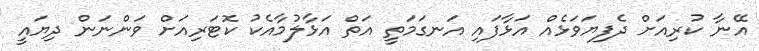
އޭނާ ކުރިއަށް ދެފިޔަވަޅެއް އަޅާފައި އަނގަމަތީ އަތް އަޅާލުމާއެކު ކޮޓަރިއަށް ވަންނަން ދިޔައީ